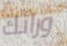
ورائك